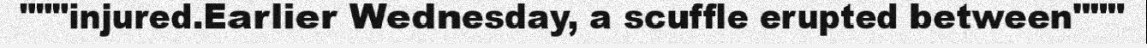
"""injured.Earlier Wednesday, a scuffle erupted between"""